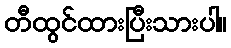
တီထွင်ထားပြီးသားပါ။